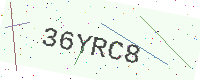
Text: 36YRC8